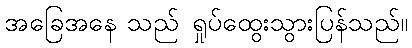
အခြေအနေ သည် ရှုပ်ထွေးသွားပြန်သည်။